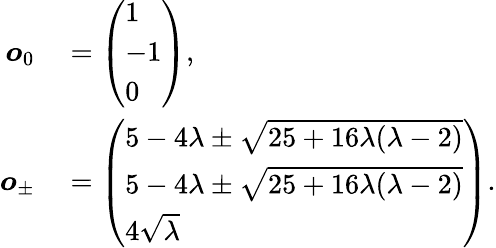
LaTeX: \begin{array}{rl}{\boldsymbol{o}_{0}}&{{}=\left(\begin{array}{l}{1}\\ {-1}\\ {0}\end{array}\right),}\\ {\boldsymbol{o}_{\pm}}&{{}=\left(\begin{array}{l}{5-4\lambda\pm\sqrt{25+16\lambda(\lambda-2)}}\\ {5-4\lambda\pm\sqrt{25+16\lambda(\lambda-2)}}\\ {4\sqrt{\lambda}}\end{array}\right).}\end{array}